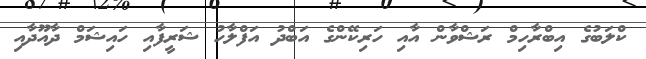
ކްލަބުގެ އިބްރާހިމް ރަޝްވާން އާއި ހަރިކޭންގެ އަބްދު އަފްލާހު ޝަރީފާއި ހައިޝަމް ދާއޫދާއި